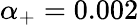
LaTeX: \alpha_{+}=0.002